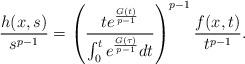
LaTeX: \begin{align*}\frac{h(x,s)}{s^{p-1}}=\left(\frac{te^{\frac{G(t)}{p-1}}}{\int_0^t e^{\frac{G(\tau)}{p-1}} dt} \right)^{p-1} \frac{f(x,t)}{t^{p-1}}.\end{align*}